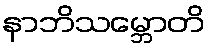
နာဘိသမ္ဘောတိ